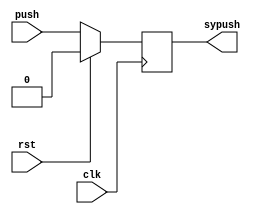
//*********************
//Hasith Vidanamadura
//100871538
//Darren Stahl
//100858939
//*********************
module Synchronizer(clk, rst, push, sypush);
		// -- Inputs
		input clk, rst, push;
		// -- Outputs
		output reg sypush;
		
		//Pass signal through a d-flip-flop
		always@(posedge clk)
			if (!rst) sypush <= push;
			else sypush <= 0;
endmodule